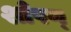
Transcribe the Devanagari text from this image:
शोषण्